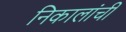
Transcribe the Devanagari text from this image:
निकालांची